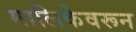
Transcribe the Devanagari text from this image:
मालिकेवरून